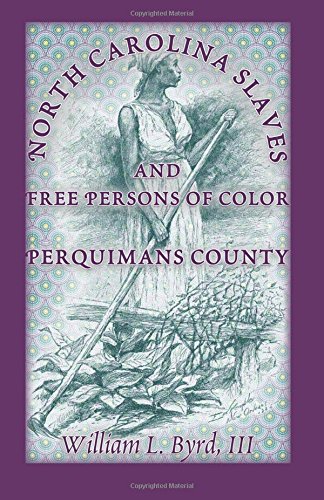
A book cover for North Carolina Slaves and Free Persons of Color: Perquimans County; William L Byrd III; Law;